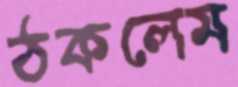
ঠকলেম